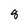
Character: 8